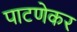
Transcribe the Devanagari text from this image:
पाटणेकर